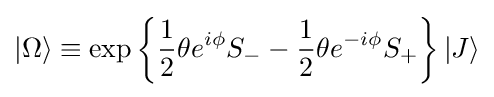
|\Omega \rangle \equiv \exp \left\{{\frac {1}{2}}\theta e^{i\phi }S_{-}-{\frac {1}{2}}\theta e^{-i\phi }S_{+}\right\}|J\rangle